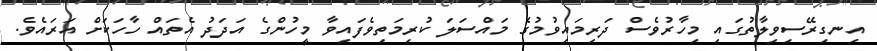
އިނގިރޭސިވިލާތުގައި މިހާރުވެސް ދަރިމައިވުމުގެ މައްސަލަ ކުރިމަތިވެފައިވާ މީހުންގެ އަދަދު އެތައް ހާހަކަށް އަރައެވެ.